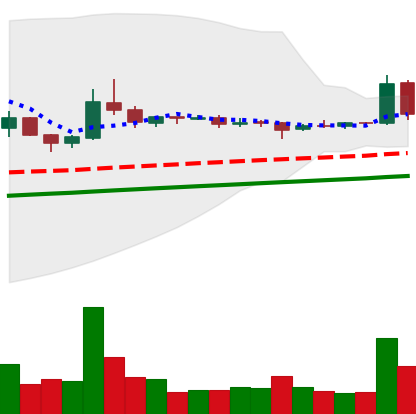
Ticker: DOGE-USD
Chart end date: 2020-08-02
Forward return: 5.905%
Label: up_5_7